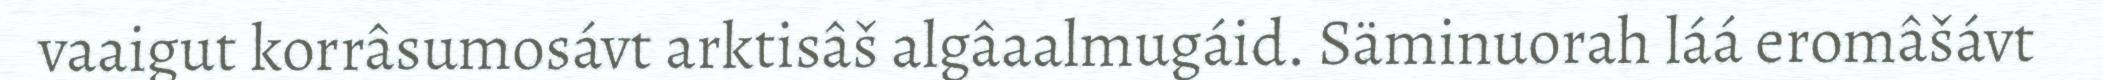
vaaigut korrâsumosávt arktisâš algâaalmugáid. Säminuorah láá eromâšávt